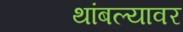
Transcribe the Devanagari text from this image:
थांबल्यावर